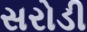
સરોડી